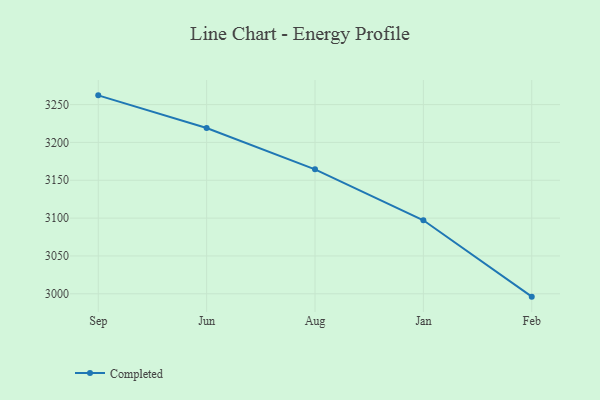
{"axis": {"x": "Month", "y": "Net Income (USD K)"}, "legend": ["Completed"], "data": [{"x": "Sep", "y": 3262.2, "type": "Completed"}, {"x": "Jun", "y": 3219.0, "type": "Completed"}, {"x": "Aug", "y": 3164.4, "type": "Completed"}, {"x": "Jan", "y": 3097.1, "type": "Completed"}, {"x": "Feb", "y": 2996.2, "type": "Completed"}]}